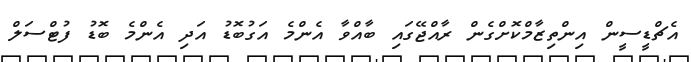
އެޗްޑީސީން އިންތިޒާމްކޮށްގެން ރާއްޖޭގައި ބާއްވާ އެންމެ އަގުބޮޑު އަދި އެންމެ ބޮޑު ފުޓްސަލް